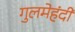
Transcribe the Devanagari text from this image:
गुलमेहंदी